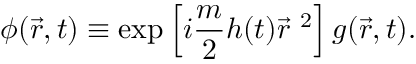
\phi ( \vec { r } , t ) \equiv \exp \left[ i \frac { m } { 2 } h ( t ) { \vec { r } } ^ { \ 2 } \right] g ( \vec { r } , t ) .